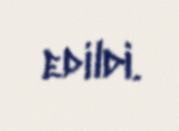
edildi.